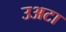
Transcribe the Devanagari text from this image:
उअटा